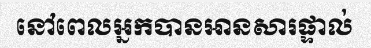
នៅពេលអ្នកបានអានសារផ្ទាល់